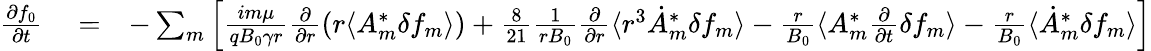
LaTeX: \begin{array}{rlr}{\frac{\partial f_{0}}{\partial t}}&{{}=}&{-\sum_{m}\left[\frac{im\mu}{qB_{0}\gamma r}\frac{\partial}{\partial r}\left(r\langle A_{m}^{*}\delta f_{m}\rangle\right)+\frac{8}{21}\frac{1}{rB_{0}}\frac{\partial}{\partial r}\langle r^{3}\dot{A}_{m}^{*}\delta f_{m}\rangle-\frac{r}{B_{0}}\langle{A}_{m}^{*}\frac{\partial}{\partial t}\delta f_{m}\rangle-\frac{r}{B_{0}}\langle{\dot{A}}_{m}^{*}\delta f_{m}\rangle\right]}\end{array}